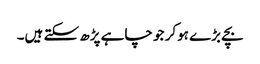
بچے بڑے ہوکر جو چاہے پڑھ سکتے ہیں۔